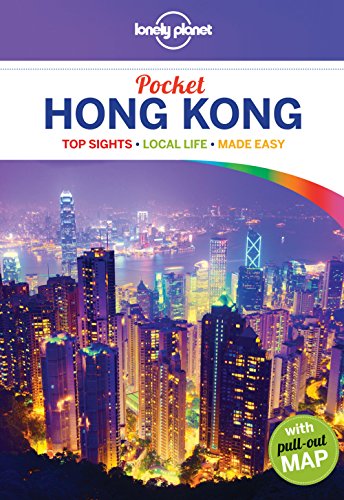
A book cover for Lonely Planet Pocket Hong Kong (Travel Guide); Lonely Planet; Travel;